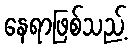
နေရာဖြစ်သည့်